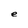
Character: e